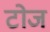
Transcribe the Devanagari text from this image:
टोज